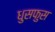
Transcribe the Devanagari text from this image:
धुसफुस